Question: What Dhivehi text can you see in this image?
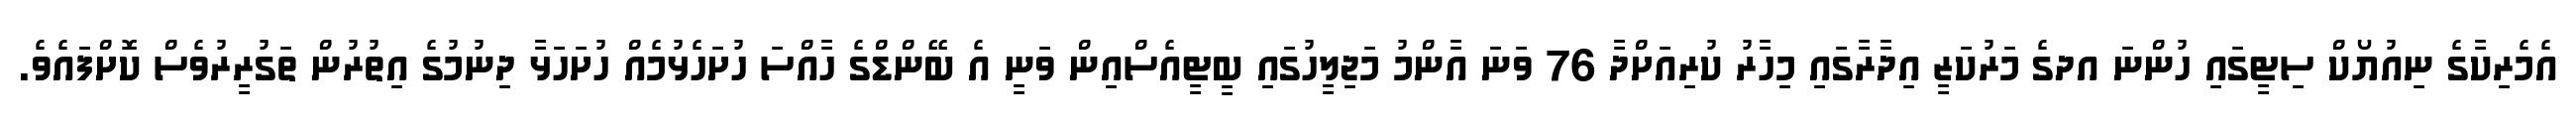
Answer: އެމެރިކާގެ ނިއުޔޯކް ސިޓީގައި ހުންނަ އދގެ މަރުކަޒީ އިދާރާގައި މިހާރު ކުރިއަށްދާ 76 ވަނަ އާންމު މަޖިލީހުގައި ބީޓީއެސްއިން ވަނީ އެ ބޭންޑްގެ ހާއްސަ ހުށަހެޅުމެއް ހުށަހަޅާ ދިނުމުގެ އިތުރުން ތަގުރީރުވެސް ކޮށްފައެވެ.